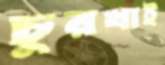
চুরখাই